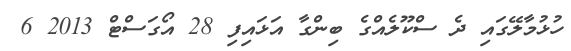
ހުޅުމާލޭގައި ދެ ސްކޫލެއްގެ ބިންގާ އަޅައިފި 28 އޯގަސްޓް 2013 6